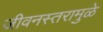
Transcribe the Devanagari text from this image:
जीवनस्तरामुळे